King Institute of Preventive Medicine Micro-Biological Section reports 1912-19
Year: 1912
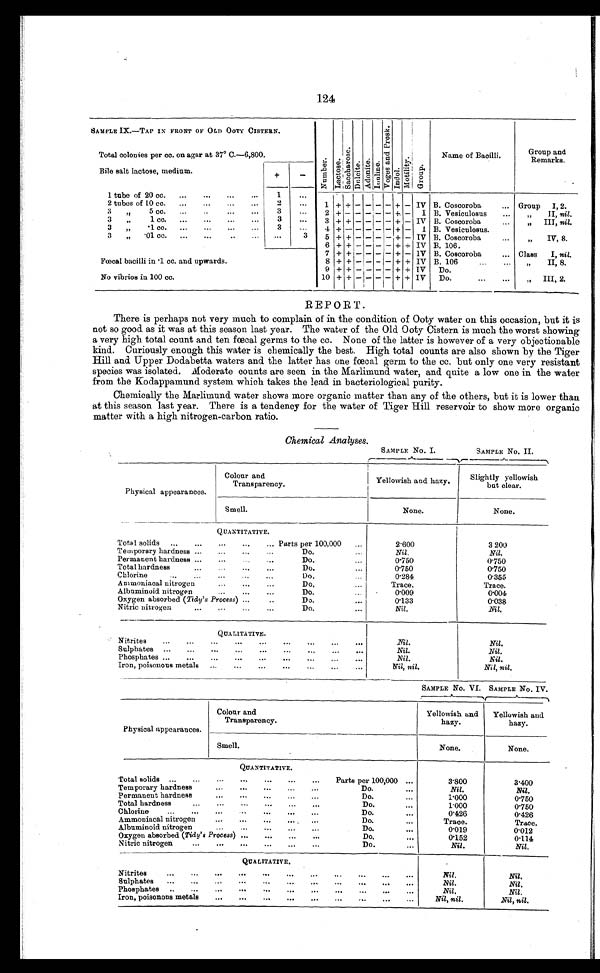
124
SAMPLE IX.-TAP IN FRONT OF OLD OOTY CISTERN.
N u m b e r .
L a c t o s e .
S a c c h a r o s e .
D u l c i t e . A d o n i t e . I n u l i n e . V o g e s a n d P r o s k . I n d o l . M o t i l i t y .
G r o u p
Name of Bacilli.
G r o u p
a n d R e m a r k s .
Total colonies per cc. on agar at 37° C.—6,800.
Bile salt lactose, medium.
+
-
1 tube of 20 cc.
...
...
...
...
1
. . .
1
+ +
-
- - - +
- IV B. Coscoroba
... Group I, 2.
2 tubes of 10 cc.
...
2
. . .
3 „ 5 cc.
...
...
...
3
2
+ +
- - - - +
- I B. Vesiculosus
...
„ II, nil.
3 „ 1 cc.
3
. . .
3
+ +
- - - - + - IV B. Coscoroba
...
„ III, nil.
3 „ .1 cc.
...
...
...
...
3
4
+ -
- - - - +
-
I B. Vesiculosus.
3 „ .01 cc. ... ... .. ...
. . .
3
5
+ +
- - - - + - IV B. Coscoroba
...
„
IV, 8.
6
+ +
- - - - + + IV B.106.
Fœcal bacilli in .1 cc, and upwards.
7
+ +
- - - - +
- 1V B. Coscoroba
... Class I, nil.
8
+ +
- - - - + + IV B. 106...
...
„ II, 8.
9
+ +
- - - - + + IV
Do.
No vibrios in 100 cc.
10
+ +
- - - - + + IV
Do.
III, 2.
REPORT.
There is perhaps not very much to complain of in the condition of Ooty water on this occasion, but it is
not so good as it was at this season last year. The water of the Old Ooty Cistern is much the worst showing
a very high total count and ten fœcal germs to the cc. None of the latter is however of a very objectionable
kind. Curiously enough this water is chemically the best. High total counts are also shown by the Tiger
Hill and Upper Dodabetta waters and the latter has one fœcal germ to the cc. but only one very resistant
species was isolated. Moderate counts are seen in the Marlimund water, and quite a low one in the water
from the Kodappamund system which takes the lead in bacteriological purity.
Chemically the Marlimund water shows more organic matter than any of the others, but it is lower than
at this season last year. There is a tendency for the water of Tiger Hill reservoir to show more organic
matter with a high nitrogen-carbon ratio.
Chemical Analyses.
SAMPLE No. I.
SAMPLE No. II.
Physical appearances
.
Colour and
Transparency.
Yellowish and hazy .
Slightly yellowish
but clear.
Smell.
N o n e .
N o n e .
Q U A N T I T A T I V E .
Total solids
...
...
...
...
... Parts per 100,000
. . .
2.600
3 200
Temporary hardness ...
...
...
D o .
Nil.
N i l .
Permanent hardness ...
...
Do....
0.750
0.750
Total hardness
...
...
. .. ...
Do.
. . .
0.750
0.750
Chlorine
...
...
...
...
...
D o .
0 . 2 8 4
0.355
Ammoniacal nitrogen
...
...
...
Do....
T r a c e .
T r a c e .
Albuminoid nitrogen
...
...
...
D o .
0.009
0 . 0 0 4
Oxygen absorbed ( Tidy's Process ) ...
Do.
. . .
0.133
0.038
Nitric nitrogen
...
...
...
...
Do.
. . .
Nil.
N i l .
Q U A L I T A T I V E .
I
Nitrites...
Nil.
Nil.
Sulphates
...
...
...
...
...
...
...
. . .
Nil.
Nil.
Phosphates ...
...
...
...
...
...
...
. . .
Nil.
Nil.
Iron, poisonous metals
...
...
...
...
...
. . .
Nil, nil.
Nil, nil.
SAMPLE NO. VI. SAMPLE NO. IV.
Physical appearances.
Colour and
Transparency.
Yellowish and
hazy.
Yellowish and
hazy.
Smell.
No n e .
None.
Q U A N T I T A T I V E .
Total solids
...
. . .
Parts per 100,000
. . .
3.800
3.400
Temporary hardness
...
...
...
...
Do. . . .
Nil.
Nil.
ermanent hardness
...
...
...
. . .
Do.
. . .
1.000
0.750
Total hardness
...
...
...
Do. . . .
1.000
0.750
C hlorine
...
...
...
...
...
...
Do. . . .
0.426
0.426
Ammoniacal nitrogen
...
...
...
D o .
Trace.
Trace.
Albuminoid nitrogen
Do. . . .
0.019
0.012
Oxygen absorbed (Tidy's Process) ...
...
. .. ...
Do. . . .
0.152
0.114
Nitric nitrogen
...
...
...
...
Do.
. . .
Nil.
Nil.
Q U A L I T A T I V E .
Nitrites
...
...
...
...
....
...
...
...
. . .
Nil.
Nil.
Sulphates
...
...
...
...
...
. . .
Nil.
Nil.
Phosphates
.....
...
...
.....
...
...
. . .
Nil.
Nil.
Iron, poisonous metals
...
...
...
...
...
Nil, nil.
Nil, nil.